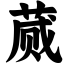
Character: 蒇